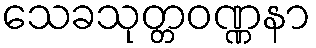
သေခသုတ္တဝဏ္ဏနာ